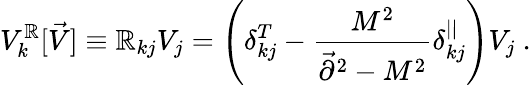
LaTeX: V_{k}^{\mathbb{R}}[\vec{{V}}]\equiv\mathbb{R}_{kj}V_{j}=\left(\delta_{kj}^{T}-{\frac{{M^{2}}}{{\vec{{\partial}}^{2}-M^{2}}}}\delta_{kj}^{||}\right)V_{j}~.